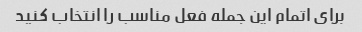
برای اتمام این جمله فعل مناسب را انتخاب کنید